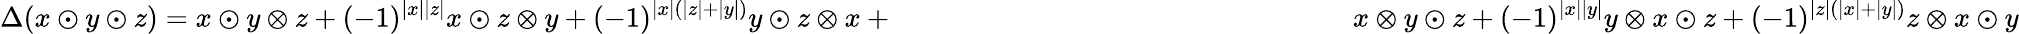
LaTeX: \Delta(x\odot y\odot z)=x\odot y\otimes z+(-1)^{|x||z|}x\odot z\otimes y+(-1)^{|x|(|z|+|y|)}y\odot z\otimes x+\, \phantom{xxxxxxxxxxxxxxxxxxxxxxxxxxxx}x\otimes y\odot z+(-1)^{|x||y|}y\otimes x\odot z+(-1)^{|z|(|x|+|y|)}z\otimes x\odot y